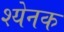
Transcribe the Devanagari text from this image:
श्येनक